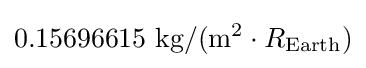
0.15696615{\text{ kg}}/(\mathrm {m} ^{2}\cdot R_{\text{Earth}})